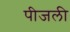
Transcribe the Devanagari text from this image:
पीजली